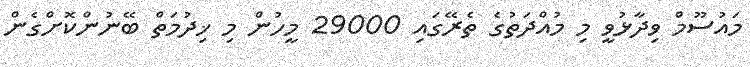
މައުސޫމް ވިދާޅުވީ މި މުއްދަތުގެ ތެރޭގައި 29000 މީހުން މި ޚިދުމަތް ބޭނުންކޮށްގެން